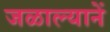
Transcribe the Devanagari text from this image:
जळाल्यानें